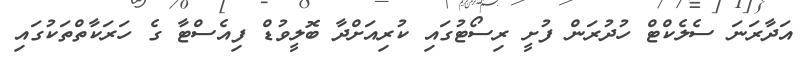
އަދާރަނަ ސެލެކްޓް ހުދުރަން ފުށީ ރިސޯޓުގައި ކުރިއަށްދާ ބޮލީވުޑް ފިއެސްޓާ ގެ ހަރަކާތްތަކުގައި